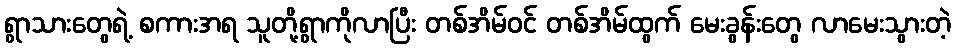
ရွာသားတွေရဲ့ စကားအရ သူတို့ရွာကိုလာပြီး တစ်အိမ်ဝင် တစ်အိမ်ထွက် မေးခွန်းတွေ လာမေးသွားတဲ့